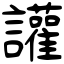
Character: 讙